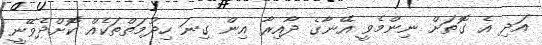
އަދި އެ ގޮތަށް ނިންމެވީ އޭނާގެ ދާއިރާ އިން ގިނަ ހިދުމަތްތަކެއް ކޮށްދެވޭނީ